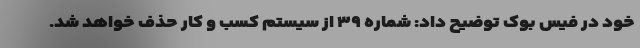
خود در فیس بوک توضیح داد: شماره ۳۹ از سیستم کسب و کار حذف خواهد شد.